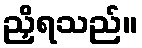
ညှိရသည်။